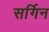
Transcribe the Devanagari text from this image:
सर्गिन